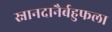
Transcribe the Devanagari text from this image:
स्नानदानैर्बहुफला